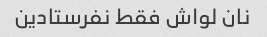
نان لواش فقط نفرستادین